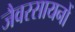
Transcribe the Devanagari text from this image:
जैवरसायनों